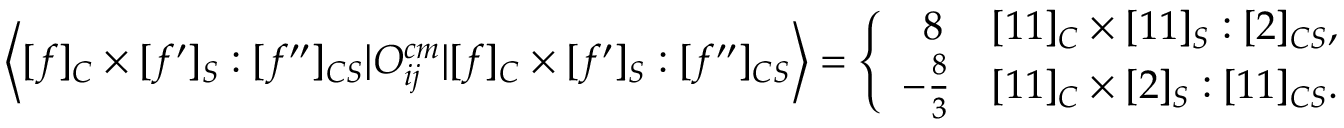
\left< [ f ] _ { C } \times [ f ^ { \prime } ] _ { S } : [ f ^ { \prime \prime } ] _ { C S } | O _ { i j } ^ { c m } | [ f ] _ { C } \times [ f ^ { \prime } ] _ { S } : [ f ^ { \prime \prime } ] _ { C S } \right> = \left\{ \begin{array} { c l } { { \ 8 } } & { { [ 1 1 ] _ { C } \times [ 1 1 ] _ { S } : [ 2 ] _ { C S } , } } \\ { { - \frac { 8 } { 3 } } } & { { [ 1 1 ] _ { C } \times [ 2 ] _ { S } : [ 1 1 ] _ { C S } . } } \end{array} \right.